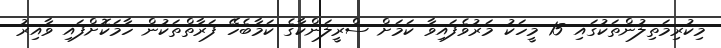
މިކުރިމަތިލުންތަކުގައި 15 މީހަކު މަރުވެފައިވާ ކަމަށް ސްރީލަންކާގެ ކަމާބެހޭ ފަރާތްތަކުން ހާމަކޮށްފައި ވާއިރު